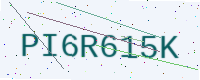
Text: PI6R615K